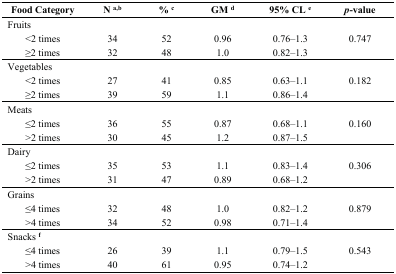
| Food Category | N a,b | % c | GM d | 95% CL e | p-value |
 | --- | --- | --- | --- | --- | --- |
 | Fruits |  |  |  |  | <ROWSPAN=3> 0.747 |
 | <2 times | 34 | 52 | 0.96 | 0.76–1.3 |
 | ≥2 times | 32 | 48 | 1.0 | 0.82–1.3 |
 | Vegetables |  |  |  |  | <ROWSPAN=3> 0.182 |
 | <2 times | 27 | 41 | 0.85 | 0.63–1.1 |
 | ≥2 times | 39 | 59 | 1.1 | 0.86–1.4 |
 | Meats |  |  |  |  | <ROWSPAN=3> 0.160 |
 | ≤2 times | 36 | 55 | 0.87 | 0.68–1.1 |
 | >2 times | 30 | 45 | 1.2 | 0.87–1.5 |
 | Dairy |  |  |  |  | <ROWSPAN=3> 0.306 |
 | ≤2 times | 35 | 53 | 1.1 | 0.83–1.4 |
 | >2 times | 31 | 47 | 0.89 | 0.68–1.2 |
 | Grains |  |  |  |  | <ROWSPAN=3> 0.879 |
 | ≤4 times | 32 | 48 | 1.0 | 0.82–1.2 |
 | >4 times | 34 | 52 | 0.98 | 0.71–1.4 |
 | Snacks f |  |  |  |  | <ROWSPAN=3> 0.543 |
 | ≤4 times | 26 | 39 | 1.1 | 0.79–1.5 |
 | >4 times | 40 | 61 | 0.95 | 0.74–1.2 |